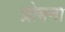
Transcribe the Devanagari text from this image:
प्रोबना